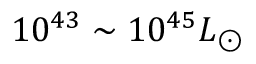
1 0 ^ { 4 3 } \sim 1 0 ^ { 4 5 } L _ { \odot }